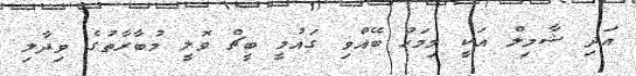
އަދި ޝާމިލް އަކީ މިމަހު ބޭއްވި ގައުމީ ބީޗް ވޮލީ މުބާރާތުގެ ވިދާލި